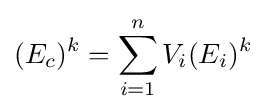
(E_{c})^{k}=\sum _{i=1}^{n}V_{i}(E_{i})^{k}